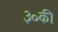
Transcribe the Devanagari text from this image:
३०की